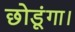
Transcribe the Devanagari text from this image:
छोडूंगा।